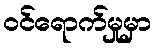
ဝင်ရောက်မှုမှာ